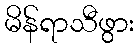
မိန်ရာသီဖွား